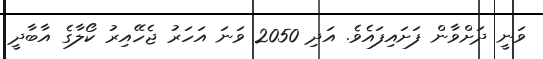
ވަނީ ދަށްވާން ފަށައިފައެވެ. އަދި 2050 ވަނަ އަހަރު ޖެހޭއިރު ކޯލާގެ އާބާދީ